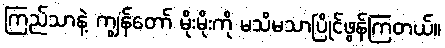
ကြည်သာနဲ့ ကျွန်တော် မိုးမိုးကို မသိမသာပြိုင်ဖွန်ကြတယ်။